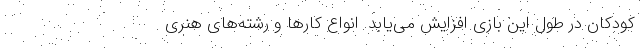
کودکان در طول این بازی‌ افزایش می‌یابد. انواع کارها و رشته‌های هنری